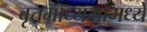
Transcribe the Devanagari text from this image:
वृत्तमाध्यमांमध्ये